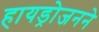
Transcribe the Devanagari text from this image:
हायड्रोजनने